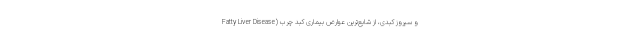
Fatty Liver Disease) و سیروز کبدی، از شایع‌ترین عوارض بیماری کبد چرب